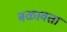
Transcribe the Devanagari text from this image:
बळावतां